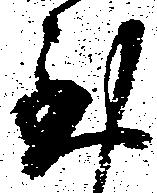
至